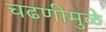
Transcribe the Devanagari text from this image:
चढणीमुळे